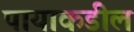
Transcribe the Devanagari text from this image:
पायाकडील